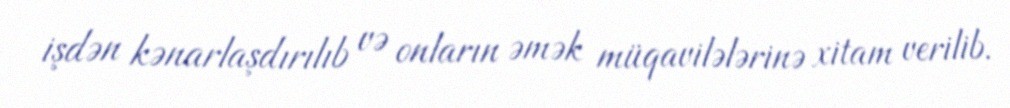
işdən kənarlaşdırılıb və onların əmək müqavilələrinə xitam verilib.